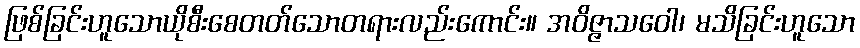
ဖြစ်ခြင်းဟူသောယိုစီးစေတတ်သောတရားလည်းကောင်း။ အဝိဇ္ဇာသဝေါ၊ မသိခြင်းဟူသော